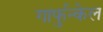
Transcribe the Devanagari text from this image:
गार्फुन्केल